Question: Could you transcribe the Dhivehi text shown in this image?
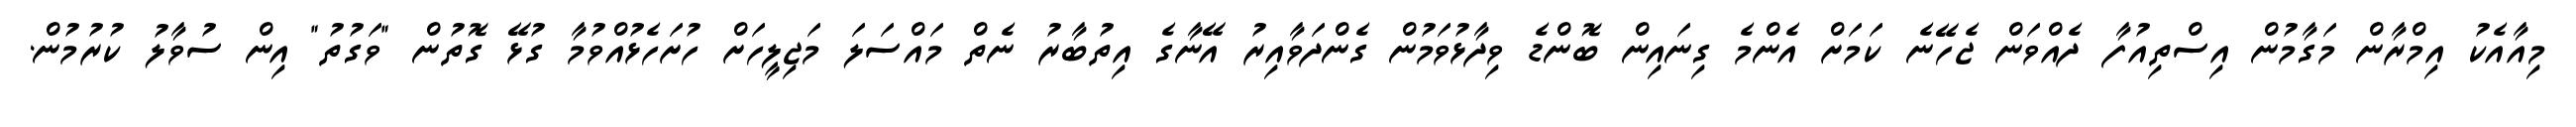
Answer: މިއާއެކު އިމްރާން މަގާމުން އިސްތިއުފާ ދެއްވަން ޖެހޭނެ ކަމަށް އެންމެ ގިނައިން ބޮންޑެ ވިދާޅުވަމުން ގެންދަވާއިރު އޭނާގެ އިތުބާރު ނެތް މައްސަލަ މަޖިލީހަށް ހުށަހެޅުއްވުމާ ގުޅޭ ގޮތުން "ވަގުތު" އިން ސުވާލު ކުރުމުން.